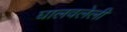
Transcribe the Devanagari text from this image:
घालवलेली